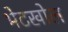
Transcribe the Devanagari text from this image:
भेटखोल